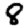
Digit: 8